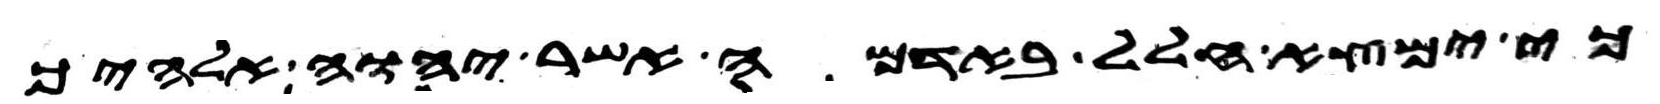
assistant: כי ימצא חלל באדמה אשר יהוה אלהיך